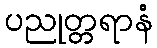
ပညုတ္တရာနံ